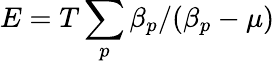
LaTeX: E=T\sum_{p}\beta_{p}/(\beta_{p}-\mu)